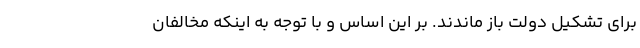
برای تشکیل دولت باز ماندند. بر این اساس و با توجه به اینکه مخالفان